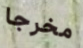
مخرجا